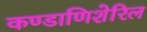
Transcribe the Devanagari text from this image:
कण्डाणिशेरिल